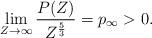
LaTeX: \begin{align*} \lim_{Z \to \infty} \frac{ P(Z) }{Z^{\frac{5}{3}}} = p_\infty > 0.\end{align*}